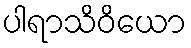
ပါရာသိဝိယော